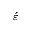
\acute { \varepsilon }